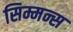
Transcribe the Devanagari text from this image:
सिम्मन्स